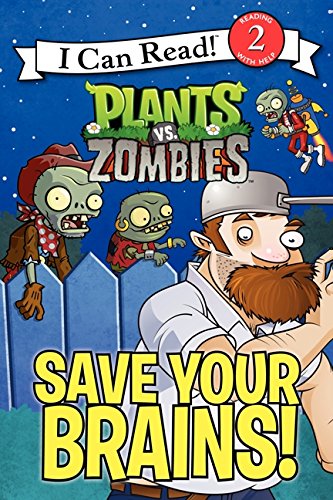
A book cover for Plants vs. Zombies: Save Your Brains! (I Can Read Level 2); Catherine Hapka; Children's Books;